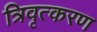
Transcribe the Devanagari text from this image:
त्रिवृत्करण